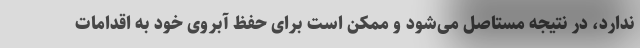
ندارد، در نتیجه مستاصل می‌شود و ممکن است برای حفظ آبروی خود به اقدامات